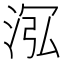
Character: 𣴦